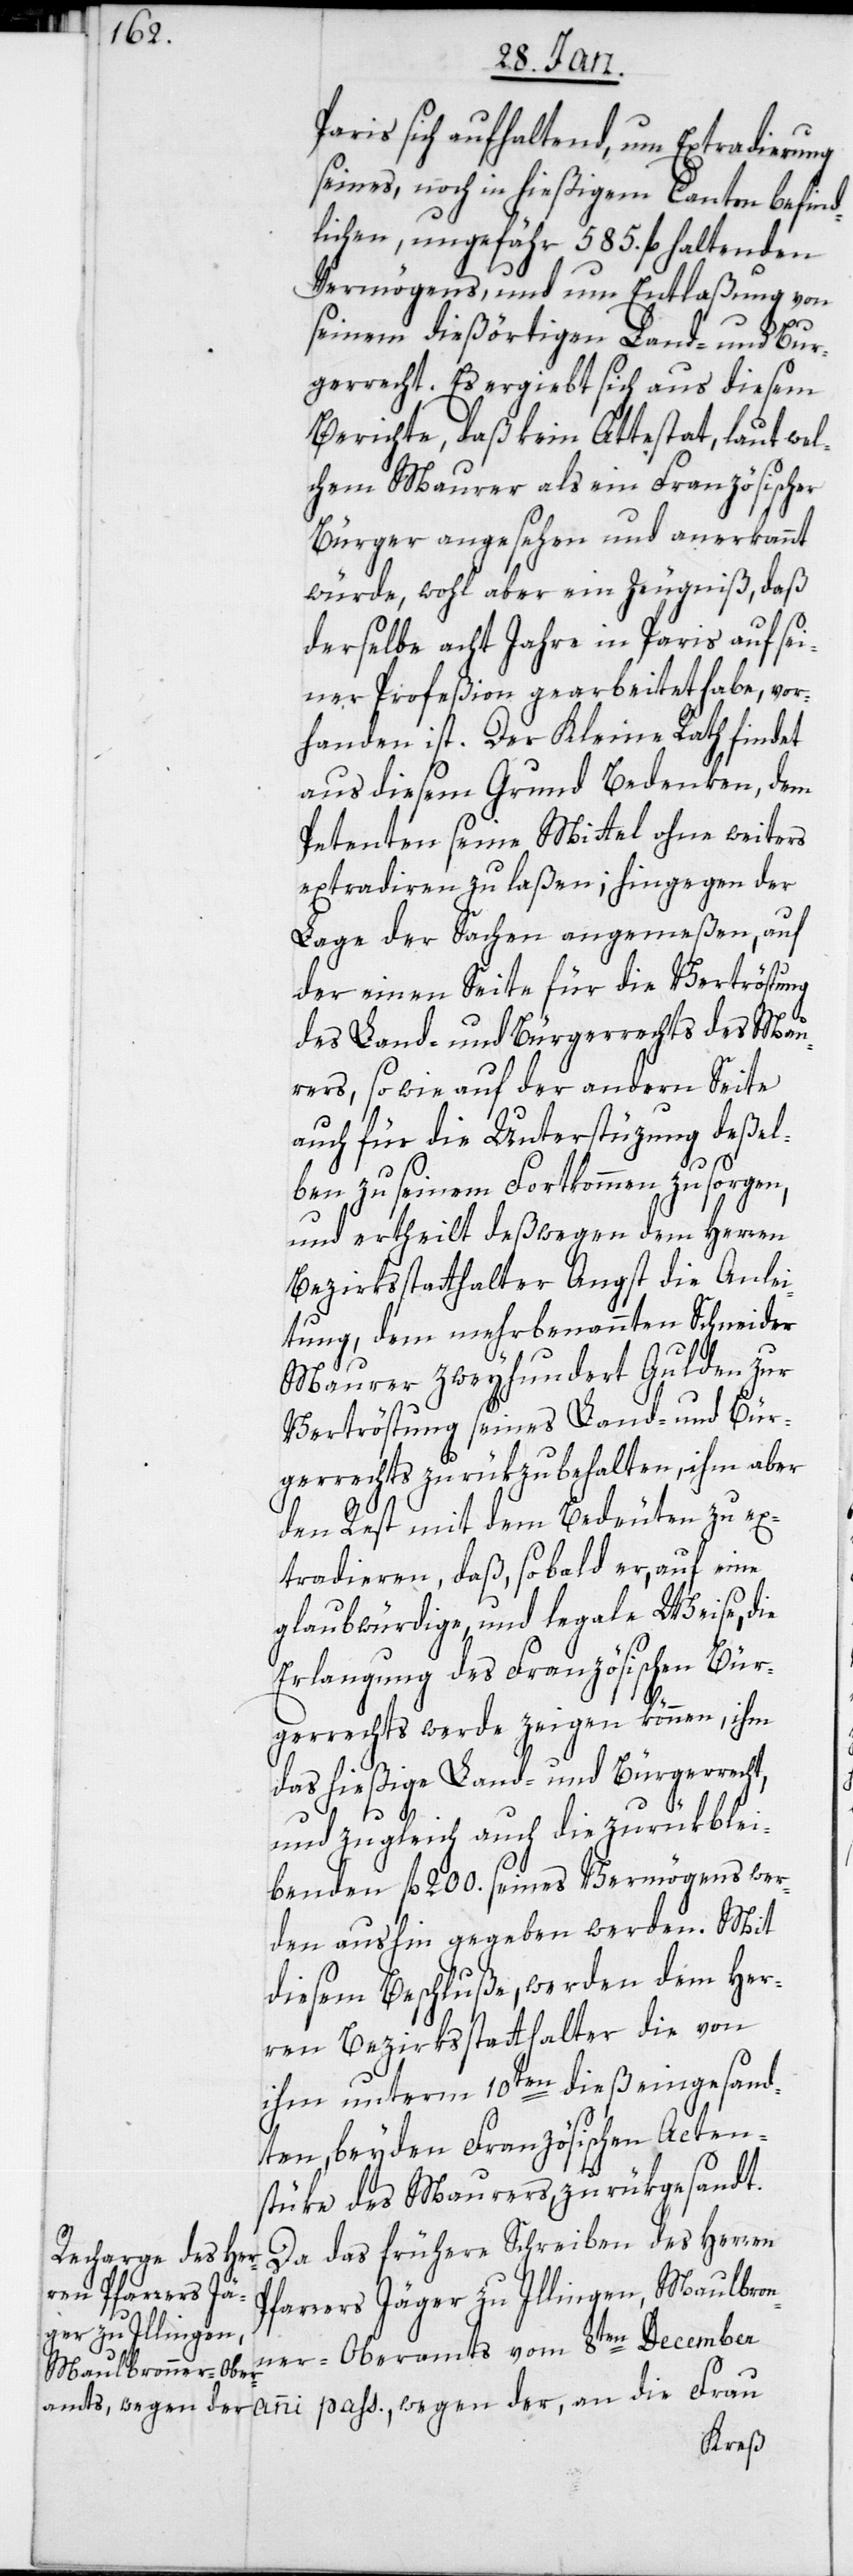
Paris sich aufhaltend, um Extradierung
seines, noch in hießigem Canton befind¬
lichen, ungefähr 585. fl haltenden
Vermögens, und um Entlaßung von
die
seinem dießörtigen Land- und Bur¬
gerrecht. Es ergibt sich aus diesem
Berichte, daß kein Attestat, laut wel¬
chem Maurer als ein Französischer
Bürger angesehen und anerkannt
würde, wohl aber ein Zeugniß, daß
derselbe acht Jahre in Paris auf sei¬
ner Profeßion gearbeitet habe, vor¬
handen ist. Der Kleine Rath findet
aus diesem Grund Bedenken, dem
Petenten seine Mittel ohne weiters
extradieren zu laßen; hingegen der
Lage der Sachen angemeßen, auf
der einen Seite für die Vertröstung
des Land- und Bürgerrechts des Mau¬
rers, sowie auf der andern Seite
auch für die Unterstüzung deßel¬
ben zu seinem Fortkommen zu sorgen,
und ertheilt deßwegen dem Herren
Bezirksstatthalter Angst die Anlei¬
tung, dem mehrbenannten Schneider
Maurer zweyhundert Gulden zur
Vertröstung seines Land- und Bür¬
gerrechts zurükzubehalten, ihm aber
den Rest mit dem Bedeuten zu ex¬
tradieren, daß, sobald er, auf eine
glaubwürdige und legale Weise, die
Erlangung des Französischen Bür¬
gerrechts werde zeigen können, ihm
das hießige Land- und Bürgerrecht,
und zugleich auch die zurükblei¬
benden fl 200. seines Vermögens wer¬
den aushin gegeben werden. Mit
diesem Beschluße, werden dem Her¬
ren Bezirksstatthalter die von
ihm unterm 10ten dieß eingesand¬
ten, beyden Französischen Acten¬
tüke des Maurers, zurükgesandt.
Da das frühere Schreiben des Herren
Pfarrers Jäger zu Illingen, Maulbron¬
ner-Oberamts, vom 8ten December